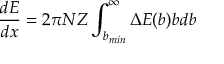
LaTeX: { \frac { d E } { d x } } = 2 \pi N Z \int _ { b _ { m i n } } ^ { \infty } \Delta E ( b ) b d b